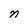
Character: n